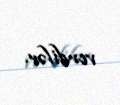
verdilər.